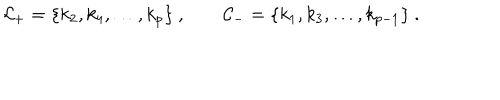
LaTeX: { \cal C } _ { + } = \{ k _ { 2 } , k _ { 4 } , \ldots , k _ { p } \} \ , \qquad { \cal C } _ { - } = \{ k _ { 1 } , k _ { 3 } , \ldots , k _ { p - 1 } \} \ .